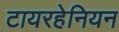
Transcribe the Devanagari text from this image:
टायरहेनियन